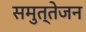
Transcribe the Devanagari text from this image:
समुत्तेजन